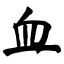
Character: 血